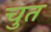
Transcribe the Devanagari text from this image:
चुत